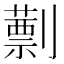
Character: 𠠕